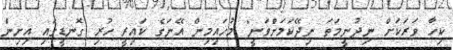
ކިހާ ވަރަކަށް ނިދުނީމަތަ ނިދޭކަމަށްވަނީ" މުހައިމިން އޭނަގެ ކައިރީ ހުރި ގޮނޑީގައި އިށިން